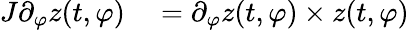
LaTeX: \begin{array}{rl}{J\partial_{\varphi}z(t,\varphi)}&{{}=\partial_{\varphi}z(t,\varphi)\times z(t,\varphi)}\end{array}